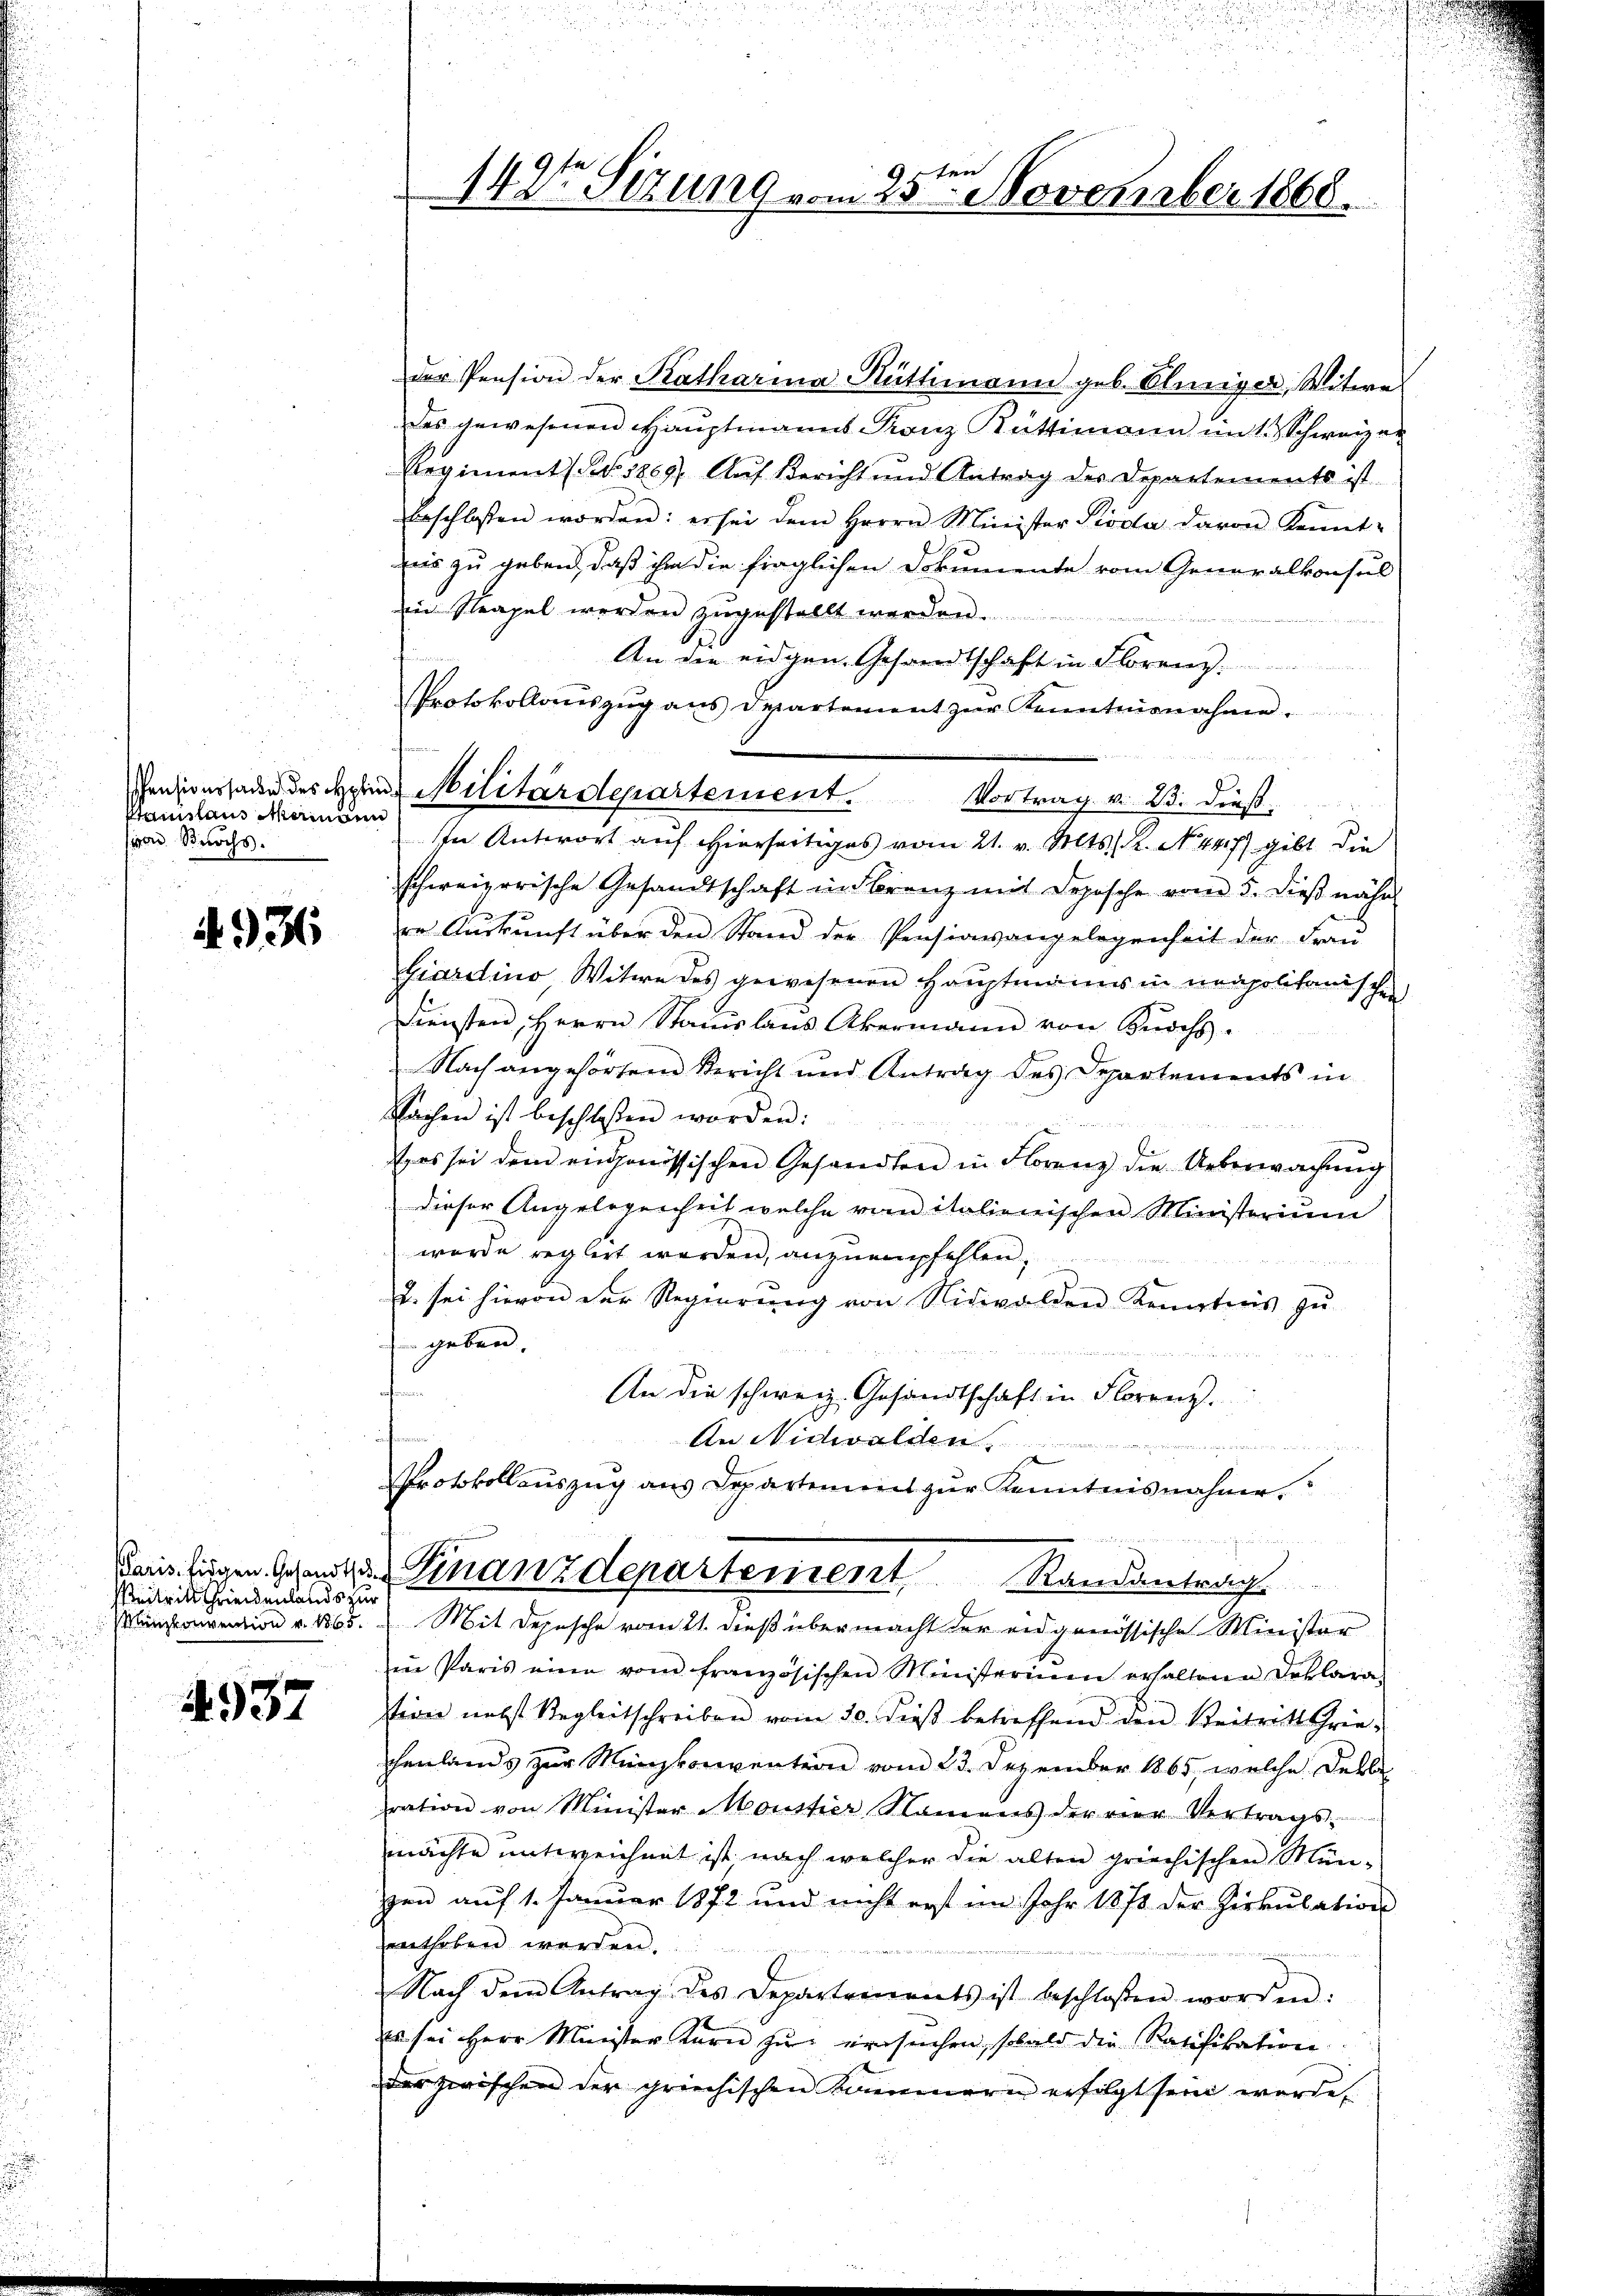
Stammlains Mammann
von Buchs.

4. 931.

Beitritt chriendenlands zur

4937

ten
142te Sitzung vom 25. November 1860.

der Pension der Katharina Rüttimann geb. Elmiger, Witwe
das gewesenen Hauptmanns Konz Rüttimann im 1 Schweizer
Regiment (Bd. 1869, Auf Bericht und Antrag des Departements ist.
beschlossen worden: es sei dem Herrn Minister Pioda davon Kennt-
nis zu geben, daß ihm die fraglichen Dokumente vom Generalkonsul
in Neapel werden zugestellt werden.
An die eidgen. Gesandtschaft in Florenz
Protokollaŭszŭg ans Departement zŭr Kenntnisnahme.
In Antwort auf hierseitiges vom 21. v. Mts. K. No 447) gibt die
schweizerische Gesandtschaft in Franz mit Deposche vom 5. dieß nähe
re Auskunft über den Stand der Pensiavangelegenheit der Frau
Eiardino Witwe des gewesenen Haŭptmanns in neapolitanischen
Diensten Herrn Standslaŭs Akermann von Knochs.
Nach angehörten Bericht und Antrag des Departements in
Sachen ist beschlossen worden:
e
2
st es sei dem eingenössischen Gesandten in Florenz die Ueberwachŭng
dieser Angelegenheit welche von italienischen Ministerium
werde regirt werden, anzuempfehlen,
2. sei hievon der Regierŭng von Nidwalden Kenntnis zŭ
 geben.
An die schweiz. Gesandtschaft in Florenz.
An Nidwalden,
d dass einen werden, und es in ein
Protokollauszug aus Departement zur Kenntnisnahme.
kanis fügen Gesandt. Finanzdepartement Randantrag
inuation v. 1865. Mit Depesche vom 21. dieß übermacht der eidgenössische Minister
in Paris eine vom französischen Ministerium erhaltene Deklara-
stion nebst Regleitschreiben vom 30. dieß betreffend den Beitritt Grie-
chenlands zur Münzkonvention vom 23. Dezember 1865, welche Dekbe
ration von Minister Monstier Namens der vier Vertrags-
mächte entweichnet ist nach welcher die alten griechischen Mün-
zen auf 1. Januar 1872 und nicht erst im Jahr 1871 der Zirkulations
enthoben werden.
Nach dem Antrag des Departements ist beschlossen worden:
Es sei Herr Meister Korn zu ersuchen, sobald die Ratifikation
der zwischen der griechischen Kammern erfolgt sein werde,

Pensionssaden des Hohen Militärdepartement. Vortrag v. 23. dieß